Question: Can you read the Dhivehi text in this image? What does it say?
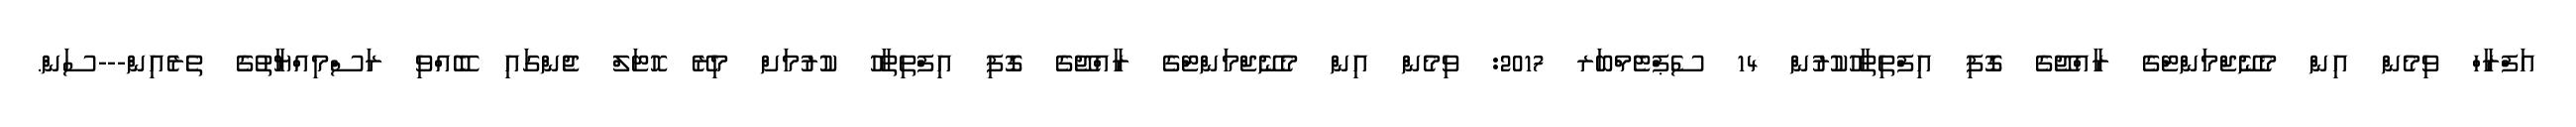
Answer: އަފްރާހް ވިމެން އިން މެނޭޖްމަންޓްގެ ރާއްޖޭގެ ގޮފި އިފްތިތާހުކުރުން 14 ސެޕްޓެމްބަރ 2017: ވިމެން އިން މެނޭޖްމަންޓްގެ ރާއްޖޭގެ ގޮފި އިފްތިތާހު ކުރުމަށް މިރޭ ހޮޓަލް ޖެންގައި ބޭއްވި ރަސްމިއްޔާތުގެ ތެރެއިން---ސަން.